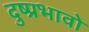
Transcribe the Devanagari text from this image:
दुष्प्रभावो